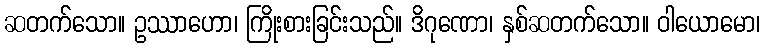
ဆတက်သော။ ဥဿာဟော၊ ကြိုးစားခြင်းသည်။ ဒိဂုဏော၊ နှစ်ဆတက်သော။ ဝါယောမော၊